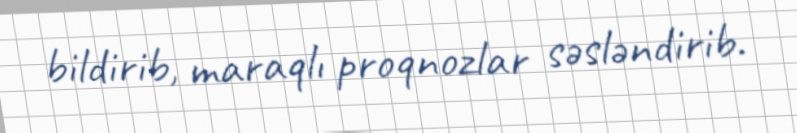
bildirib, maraqlı proqnozlar səsləndirib.